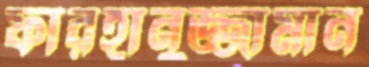
ফারহানুজ্জামান